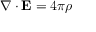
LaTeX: \nabla \cdot \mathbf { E } = 4 \pi \rho